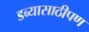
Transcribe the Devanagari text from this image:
डब्यासाठीपण